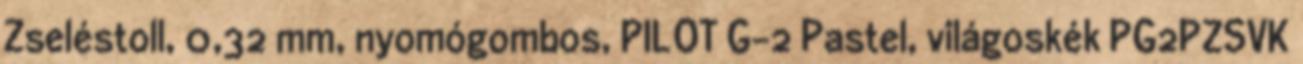
Zseléstoll, 0,32 mm, nyomógombos, PILOT G-2 Pastel, világoskék PG2PZSVK